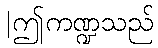
|ဤကဏ္ဍသည်